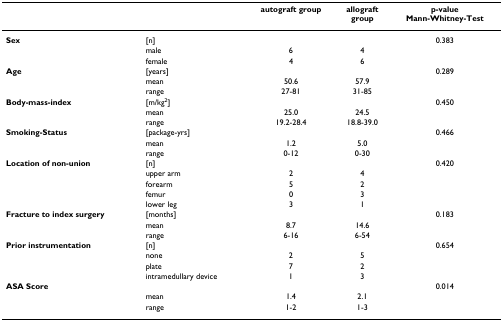
|  |  | autograft group | allograftgroup | p-valueMann-Whitney-Test |
 | --- | --- | --- | --- | --- |
 | Sex | [n] |  |  | 0.383 |
 |  | male | 6 | 4 |  |
 |  | female | 4 | 6 |  |
 | Age | [years] |  |  | 0.289 |
 |  | mean | 50.6 | 57.9 |  |
 |  | range | 27-81 | 31-85 |  |
 | Body-mass-index | [m/kg2] |  |  | 0.450 |
 |  | mean | 25.0 | 24.5 |  |
 |  | range | 19.2-28.4 | 18.8-39.0 |  |
 | Smoking-Status | [package-yrs] |  |  | 0.466 |
 |  | mean | 1.2 | 5.0 |  |
 |  | range | 0-12 | 0-30 |  |
 | Location of non-union | [n] |  |  | 0.420 |
 |  | upper arm | 2 | 4 |  |
 |  | forearm | 5 | 2 |  |
 |  | femur | 0 | 3 |  |
 |  | lower leg | 3 | 1 |  |
 | Fracture to index surgery | [months] |  |  | 0.183 |
 |  | mean | 8.7 | 14.6 |  |
 |  | range | 6-16 | 6-54 |  |
 | Prior instrumentation | [n] |  |  | 0.654 |
 |  | none | 2 | 5 |  |
 |  | plate | 7 | 2 |  |
 |  | intramedullary device | 1 | 3 |  |
 | ASA Score |  |  |  | 0.014 |
 |  | mean | 1.4 | 2.1 |  |
 |  | range | 1-2 | 1-3 |  |